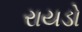
રાયડો